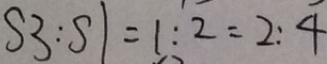
S 3 : S 1 = 1 : 2 = 2 : 4